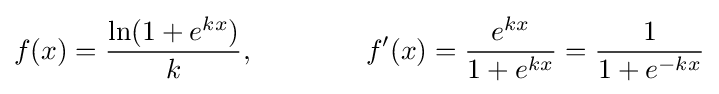
f(x)={\frac {\ln(1+e^{kx})}{k}},\qquad \qquad f'(x)={\frac {e^{kx}}{1+e^{kx}}}={\frac {1}{1+e^{-kx}}}